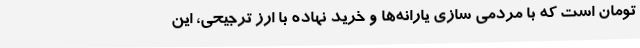
تومان است که با مردمی سازی یارانه‌ها و خرید نهاده با ارز ترجیحی، این